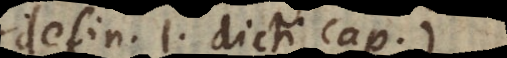
efin. 1. dicti cap.).